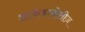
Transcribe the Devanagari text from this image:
आर्कडायोसीज़